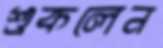
শুকলেন